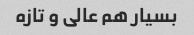
بسیار هم عالی و تازه